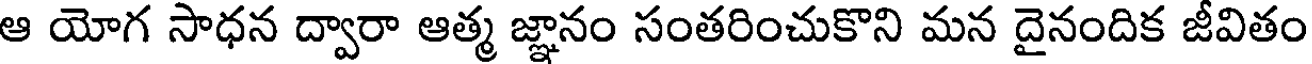
ఆ యోగ సాధన ద్వారా ఆత్మ జ్ఞానం సంతరించుకొని మన దైనందిక జీవితం